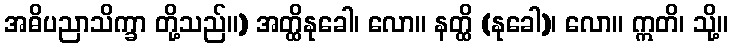
အဓိပညာသိက္ခာ တို့သည်။) အတ္ထိနုခေါ၊ လော။ နတ္ထိ (နုခေါ)၊ လော။ ဣတိ၊ သို့။